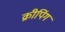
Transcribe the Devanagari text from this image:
क्रीपिंग